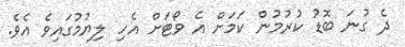
ދެ ގުނަ ބޮޑު ކުރުމުން ކަމަށް އެ ވޯޓަށް އެހި ލިޔުމުގައިވެ އެވެ.